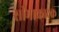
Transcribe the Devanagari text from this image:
सीमाकारक